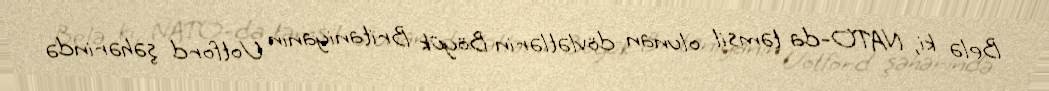
Belə ki, NATO-da təmsil olunan dövlətlərin Böyük Britaniyanın Uotford şəhərində